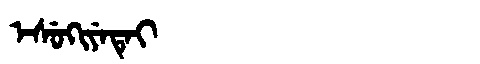
Manchu: ᡝᠰᡠᡴᡳᠶᡝᡨᡝᡳ
Romanization: ESUKIYETEI